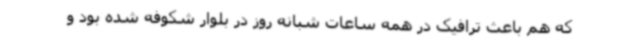
که هم باعث ترافیک در همه ساعات شبانه روز در بلوار شکوفه شده بود و